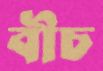
বীচ